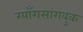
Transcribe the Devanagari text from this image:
ग्याँगसांगबुक